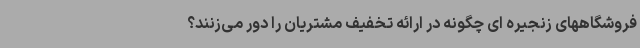
فروشگاههای زنجیره ای چگونه در ارائه تخفیف مشتریان را دور می‌زنند؟